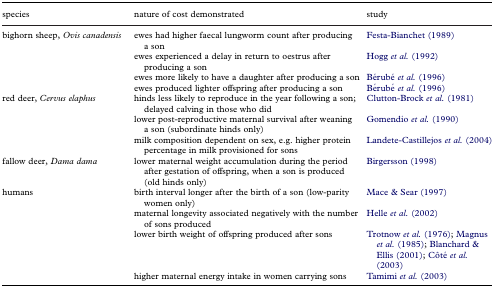
| species | nature of cost demonstrated | study |
 | --- | --- | --- |
 | bighorn sheep, Ovis canadensis | ewes had higher faecal lungworm count after producing a son | Festa-Bianchet (1989) |
 |  | ewes experienced a delay in return to oestrus after producing a son | Hogg et al. (1992) |
 |  | ewes more likely to have a daughter after producing a son | Bérubé et al. (1996) |
 |  | ewes produced lighter offspring after producing a son | Bérubé et al. (1996) |
 | red deer, Cervus elaphus | hinds less likely to reproduce in the year following a son; delayed calving in those who did | Clutton-Brock et al. (1981) |
 |  | lower post-reproductive maternal survival after weaning a son (subordinate hinds only) | Gomendio et al. (1990) |
 |  | milk composition dependent on sex, e.g. higher protein percentage in milk provisioned for sons | Landete-Castillejos et al. (2004) |
 | fallow deer, Dama dama | lower maternal weight accumulation during the period after gestation of offspring, when a son is produced (old hinds only) | Birgersson (1998) |
 | humans | birth interval longer after the birth of a son (low-parity women only) | Mace & Sear (1997) |
 |  | maternal longevity associated negatively with the number of sons produced | Helle et al. (2002) |
 |  | lower birth weight of offspring produced after sons | Trotnow et al. (1976); Magnus et al. (1985); Blanchard & Ellis (2001); Côté et al. (2003) |
 |  | higher maternal energy intake in women carrying sons | Tamimi et al. (2003) |